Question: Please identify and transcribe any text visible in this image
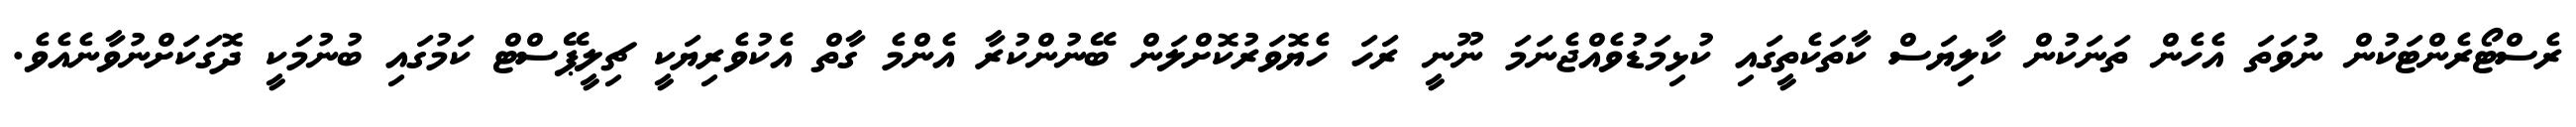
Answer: ރެސްޓޯރެންޓަކުން ނުވަތަ އެހެން ތަނަކުން ކާލިޔަސް ކާތަކެތީގައި ކުޅިމަޑުވެއްޖެނަމަ ނޫނީ ރަހަ ހެޔޮވަރުކޮށްލަން ބޭނުންކުރާ އެންމެ ގާތް އެކުވެރިޔަކީ ޗިލީޕޭސްޓް ކަމުގައި ބުނުމަކީ ދޮގަކަށްނުވާނެއެވެ.